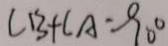
C B + C A = 9 0 ^ { \circ }